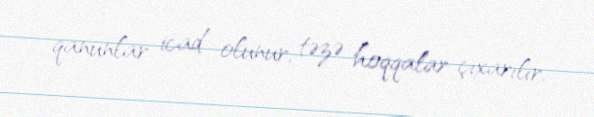
qanunlar icad olunur, təzə hoqqalar çıxarılır.